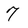
Character: 7